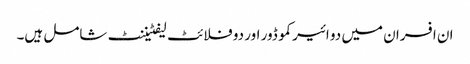
ان افسران میں دو ائیر کموڈور اور دو فلائٹ لیفٹیننٹ شامل ہیں۔